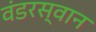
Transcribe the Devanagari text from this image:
वंडरस्वान